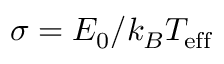
\sigma = E _ { 0 } / k _ { B } T _ { \mathrm { e f f } }